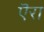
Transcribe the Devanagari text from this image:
ऎरा